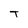
Character: T